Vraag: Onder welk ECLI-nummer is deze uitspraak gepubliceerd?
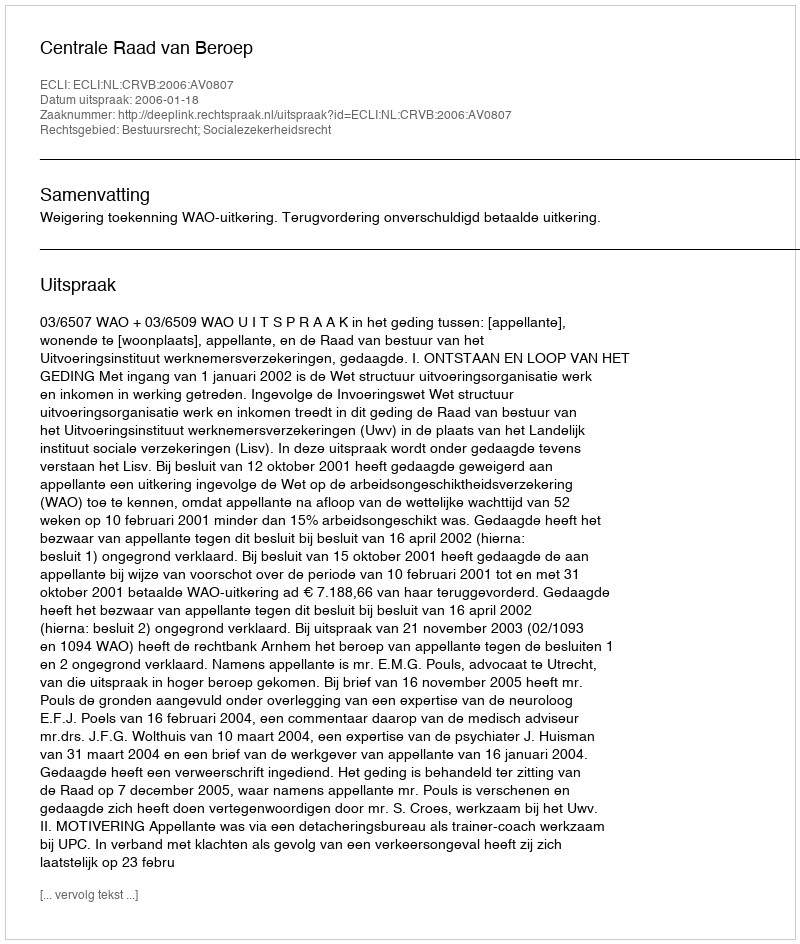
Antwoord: ECLI:NL:CRVB:2006:AV0807